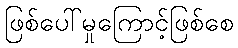
ဖြစ်ပေါ်မှုကြောင့်ဖြစ်စေ